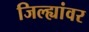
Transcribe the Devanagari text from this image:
जिल्ह्यांवर